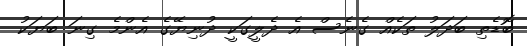
ބޮޑެތި ބަދަލު ތަކެއް ގެނެސް އެ ދެލީގަކީ ދުނިޔޭގެ އެންމެ ގިނަ ބަޔަކު